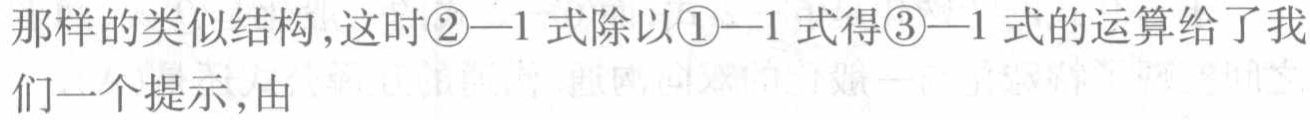
那样的类似结构,这时\textcircled{2}—1 式除以\textcircled{1}—1 式得\textcircled{3}—1 式的运算给了我们一个提示，由